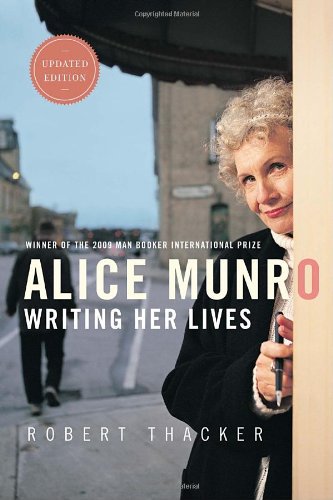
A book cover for Alice Munro: Writing Her Lives; Robert Thacker; Biographies & Memoirs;